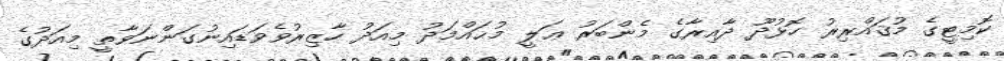
ކޮމިޓީގެ މުޤައްރިރު ހޮޅުދޫ ދާއިރާގެ މެންބަރު ޢަލީ މުޙައްމަދު މިއަދު ހާޒިރުވެވަޑައިނުގަންނަވާތީ މިއަދުގެ